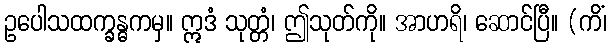
ဥပေါသထက္ခန္ဓကမှ။ ဣဒံ သုတ္တံ၊ ဤသုတ်ကို။ အာဟရိ၊ ဆောင်ပြီ။ (ကိံ၊